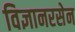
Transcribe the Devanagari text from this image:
विज्ञानरसेन